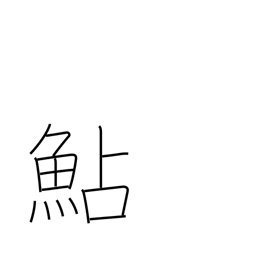
Meaning: smelt